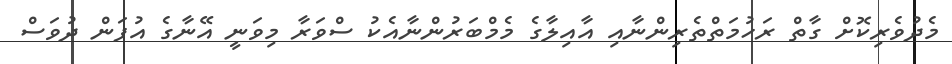
މެދުވެރިކޮށް ގާތް ރަހުމަތްތެރިންނާއި އާއިލާގެ މެމްބަރުންނާއެކު ސްވަރާ މިވަނީ އޭނާގެ އުފަން ދުވަސް